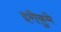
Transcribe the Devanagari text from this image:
इरीकुमे